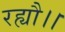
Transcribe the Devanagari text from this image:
रह्यौ।।